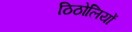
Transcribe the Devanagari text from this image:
ठिठोलियों